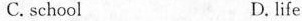
C. school D.life